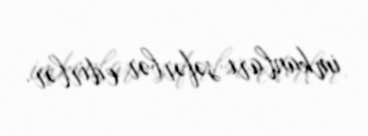
imkanları səfərbər edirlər.